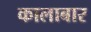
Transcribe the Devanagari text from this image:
कालाबार